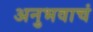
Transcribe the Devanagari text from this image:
अनुभवाचं